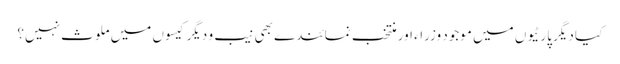
کیا دیگر پارٹیوں میں موجود وزراء اور منتخب نمائندے بھی نیب و دیگر کیسوں میں ملوث نہیں؟